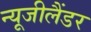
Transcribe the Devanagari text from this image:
न्यूजीलैंडर